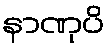
နာဏုပိ